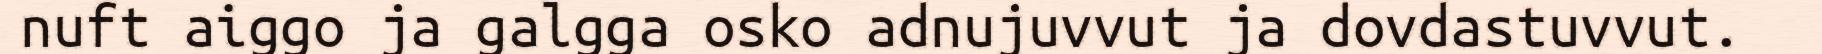
nuft aiggo ja galgga osko adnujuvvut ja dovdastuvvut.